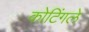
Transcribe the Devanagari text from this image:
कोटिंगले